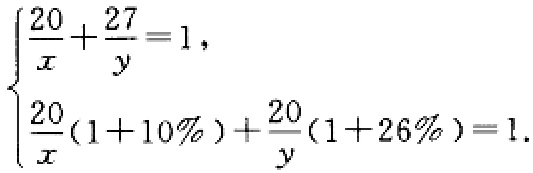
\[\begin{cases}
\frac{20}{x}+\frac{27}{y}=1,\\
\frac{20}{x}(1 + 10\%)+\frac{20}{y}(1 + 26\%)=1.
\end{cases}\]